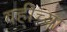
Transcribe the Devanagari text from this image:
वहीच्या